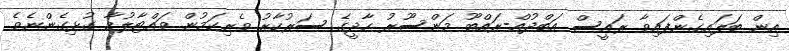
އިން ބަލައިގެންފައިވާ ރައީސް އަބްދުއް-ރައްބޫ މަންސޫރު ހާދީގެ ސަރުކާރު ވެރިކަމުން ވައްޓާލުމާ ގުޅިގެންނެވެ.